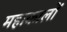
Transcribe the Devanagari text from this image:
महाकालों